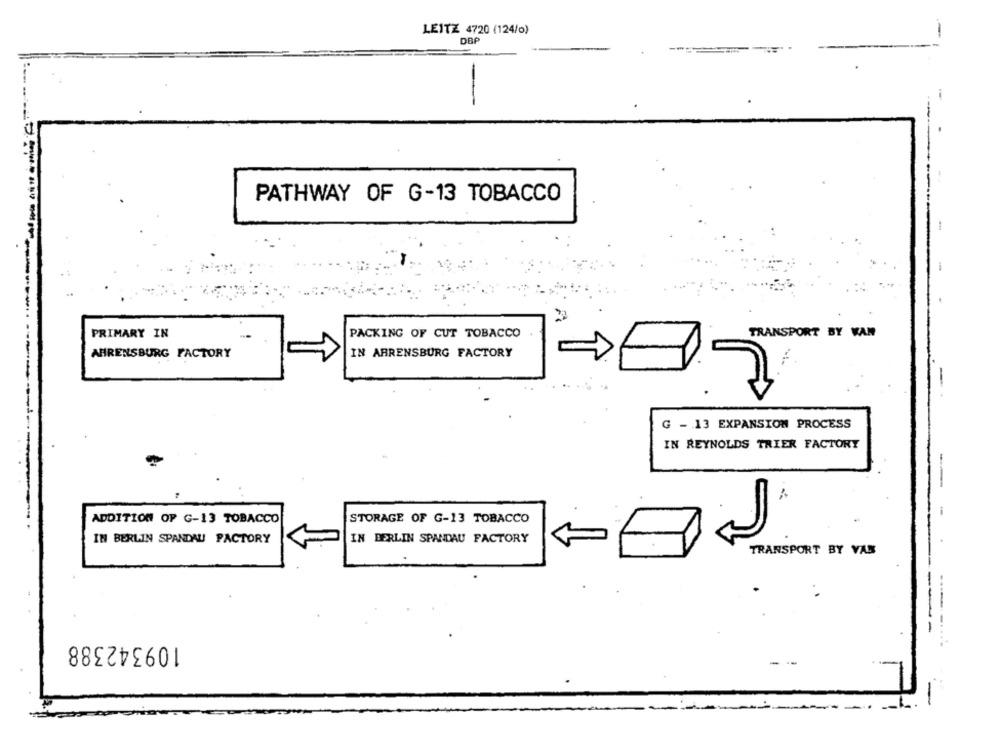
LEITZ 4720 (124/o)
DB
-
PATHWAY OF G-13 TOBACCO
PRIMARY IN
PACKING OF CUT TOBACCO
TRANSPORT BY KAN
AHRENSBURG FACTORY
IN ARRENSBURG FACTORY
G - 13 EXPANSION PROCESS
IN REYNOLDS TRIER FACTORY
ADDITION OF G-13 TOBACCO
STORAGE OF G-13 TOBACCO
-
IN BERLIN SPANDAU FACTORY
IN BERLIN SPANDAU FACTORY
TRANSPORT BY VAN
-
109342388
------...
-